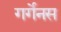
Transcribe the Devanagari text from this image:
गर्गेनस